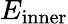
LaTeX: E_{\mathrm{inner}}